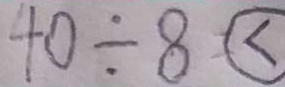
4 0 \div 8 <